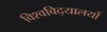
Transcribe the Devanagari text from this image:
विश्‍वविद्‌यालयों